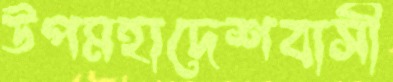
উপমহাদেশবাসী